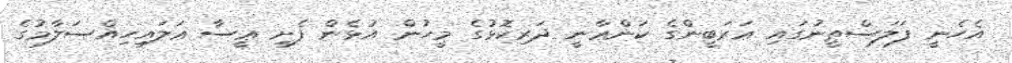
އެހެނީ ފަލަސްޠީނުގައި ޢަރަބީންގެ ކަންޢާނީ ދަރިކޮޅުގެ މީހުން އުޅެން ފެށީ ޢީސާ ޢަލައިހިއްސަލާމުގެ